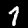
Digit: 1